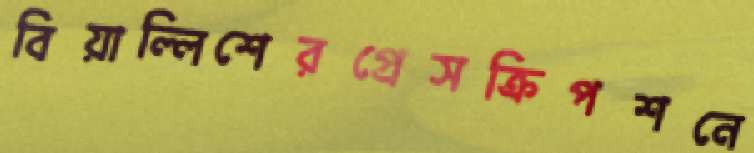
বিয়াল্লিশেরপ্রেসক্রিপশনে